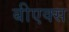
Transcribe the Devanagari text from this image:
बीएक्स